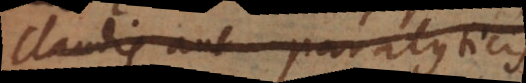
claudis aut paralyticis